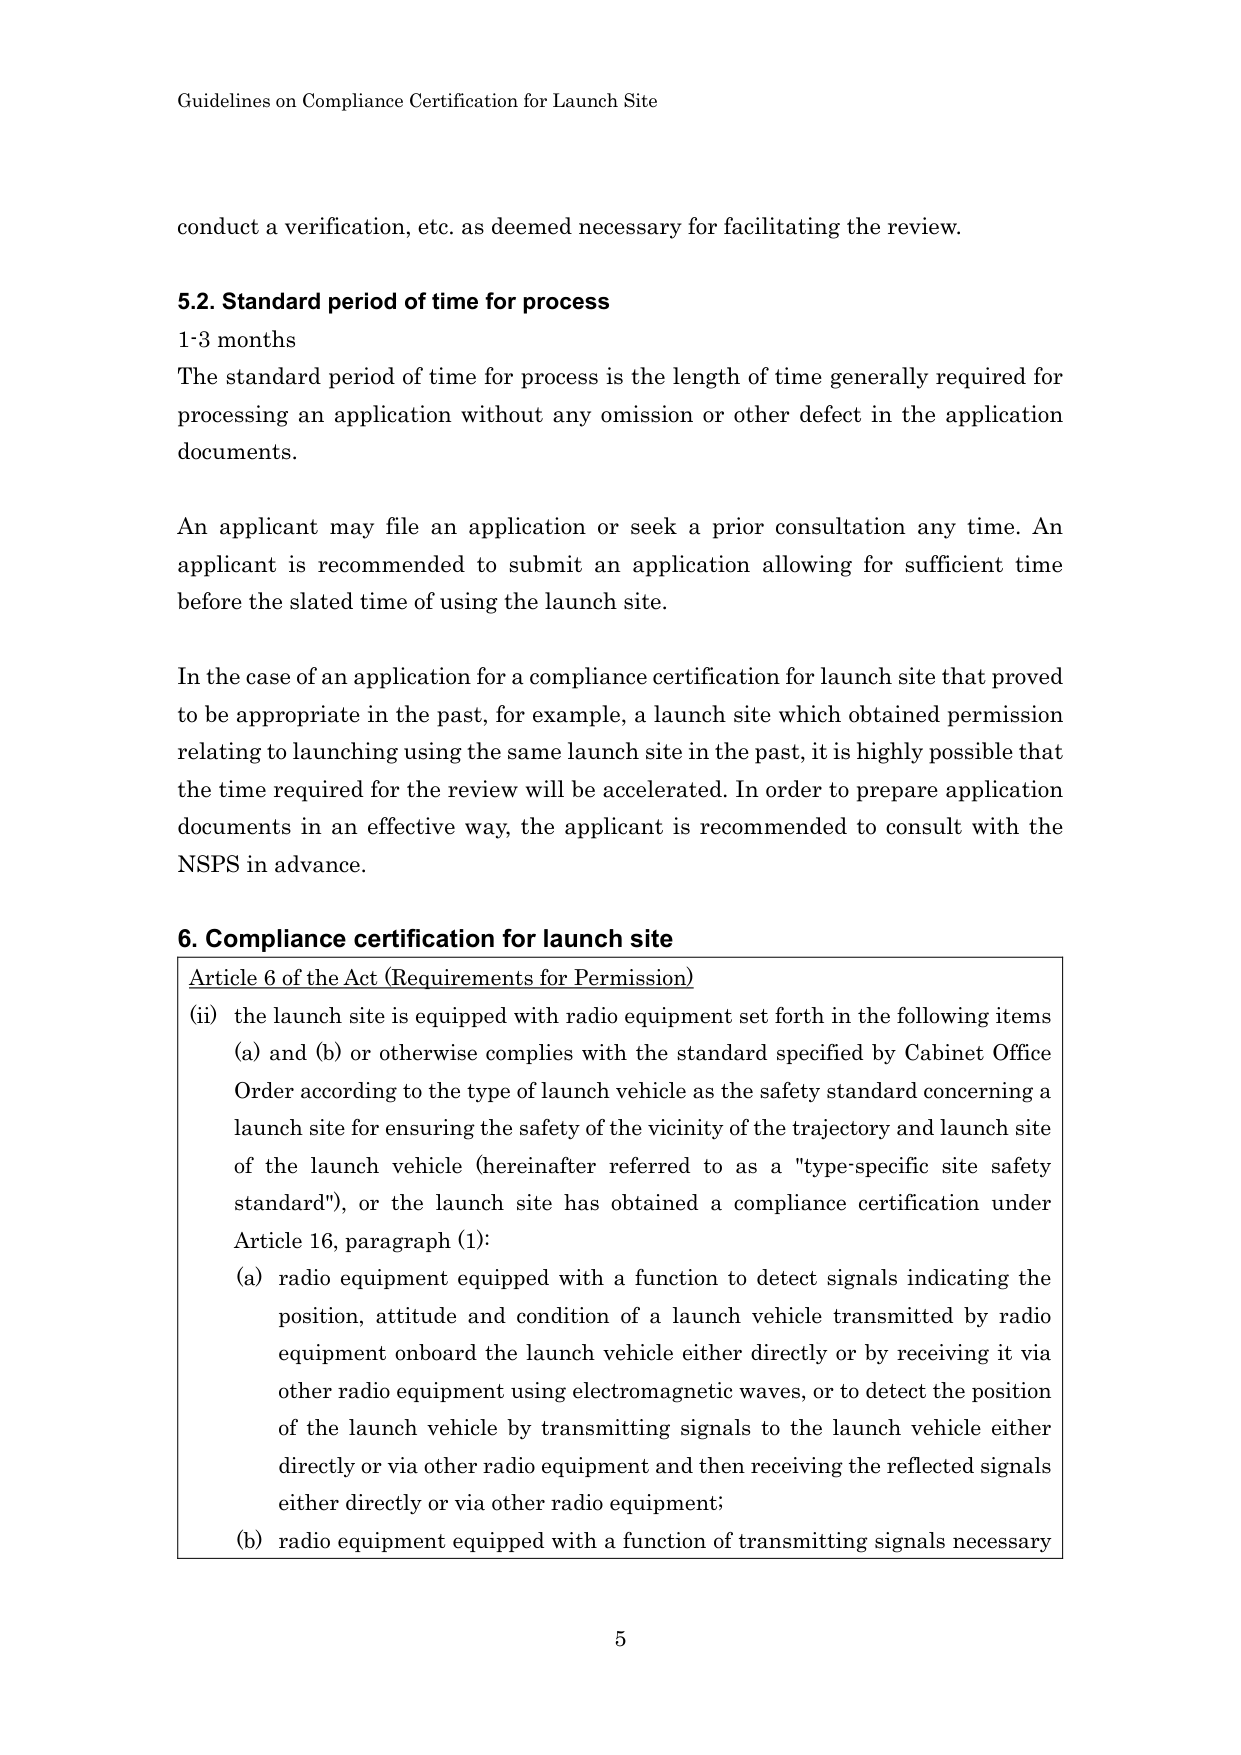
Guidelines on Compliance Certification for Launch Site

conduct a verification, etc. as deemed necessary for facilitating the review.

5.2. Standard period of time for process
1-3 months
The standard period of time for process is the length of time generally required for processing an application without any omission or other defect in the application documents.

An applicant may file an application or seek a prior consultation any time. An applicant is recommended to submit an application allowing for sufficient time before the slated time of using the launch site.

In the case of an application for a compliance certification for launch site that proved to be appropriate in the past, for example, a launch site which obtained permission relating to launching using the same launch site in the past, it is highly possible that the time required for the review will be accelerated. In order to prepare application documents in an effective way, the applicant is recommended to consult with the NSPS in advance.

6. Compliance certification for launch site
Article 6 of the Act (Requirements for Permission)
(ii) the launch site is equipped with radio equipment set forth in the following items (a) and (b) or otherwise complies with the standard specified by Cabinet Office Order according to the type of launch vehicle as the safety standard concerning a launch site for ensuring the safety of the vicinity of the trajectory and launch site of the launch vehicle (hereinafter referred to as a "type-specific site safety standard"), or the launch site has obtained a compliance certification under Article 16, paragraph (1):
(a) radio equipment equipped with a function to detect signals indicating the position, attitude and condition of a launch vehicle transmitted by radio equipment onboard the launch vehicle either directly or by receiving it via other radio equipment using electromagnetic waves, or to detect the position of the launch vehicle by transmitting signals to the launch vehicle either directly or via other radio equipment and then receiving the reflected signals either directly or via other radio equipment;
(b) radio equipment equipped with a function of transmitting signals necessary

5